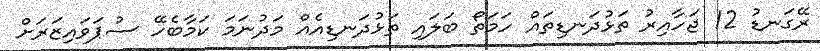
ރޭގަނޑު 12 ޖަހާއިރު ތަޅުދަނޑިތައް ހަމަތޯ ބަލައި ތަޅުދަނޑިއެއް މަދުނަމަ ކަމާބެހޭ ސުޕަވައިޒަރަށް